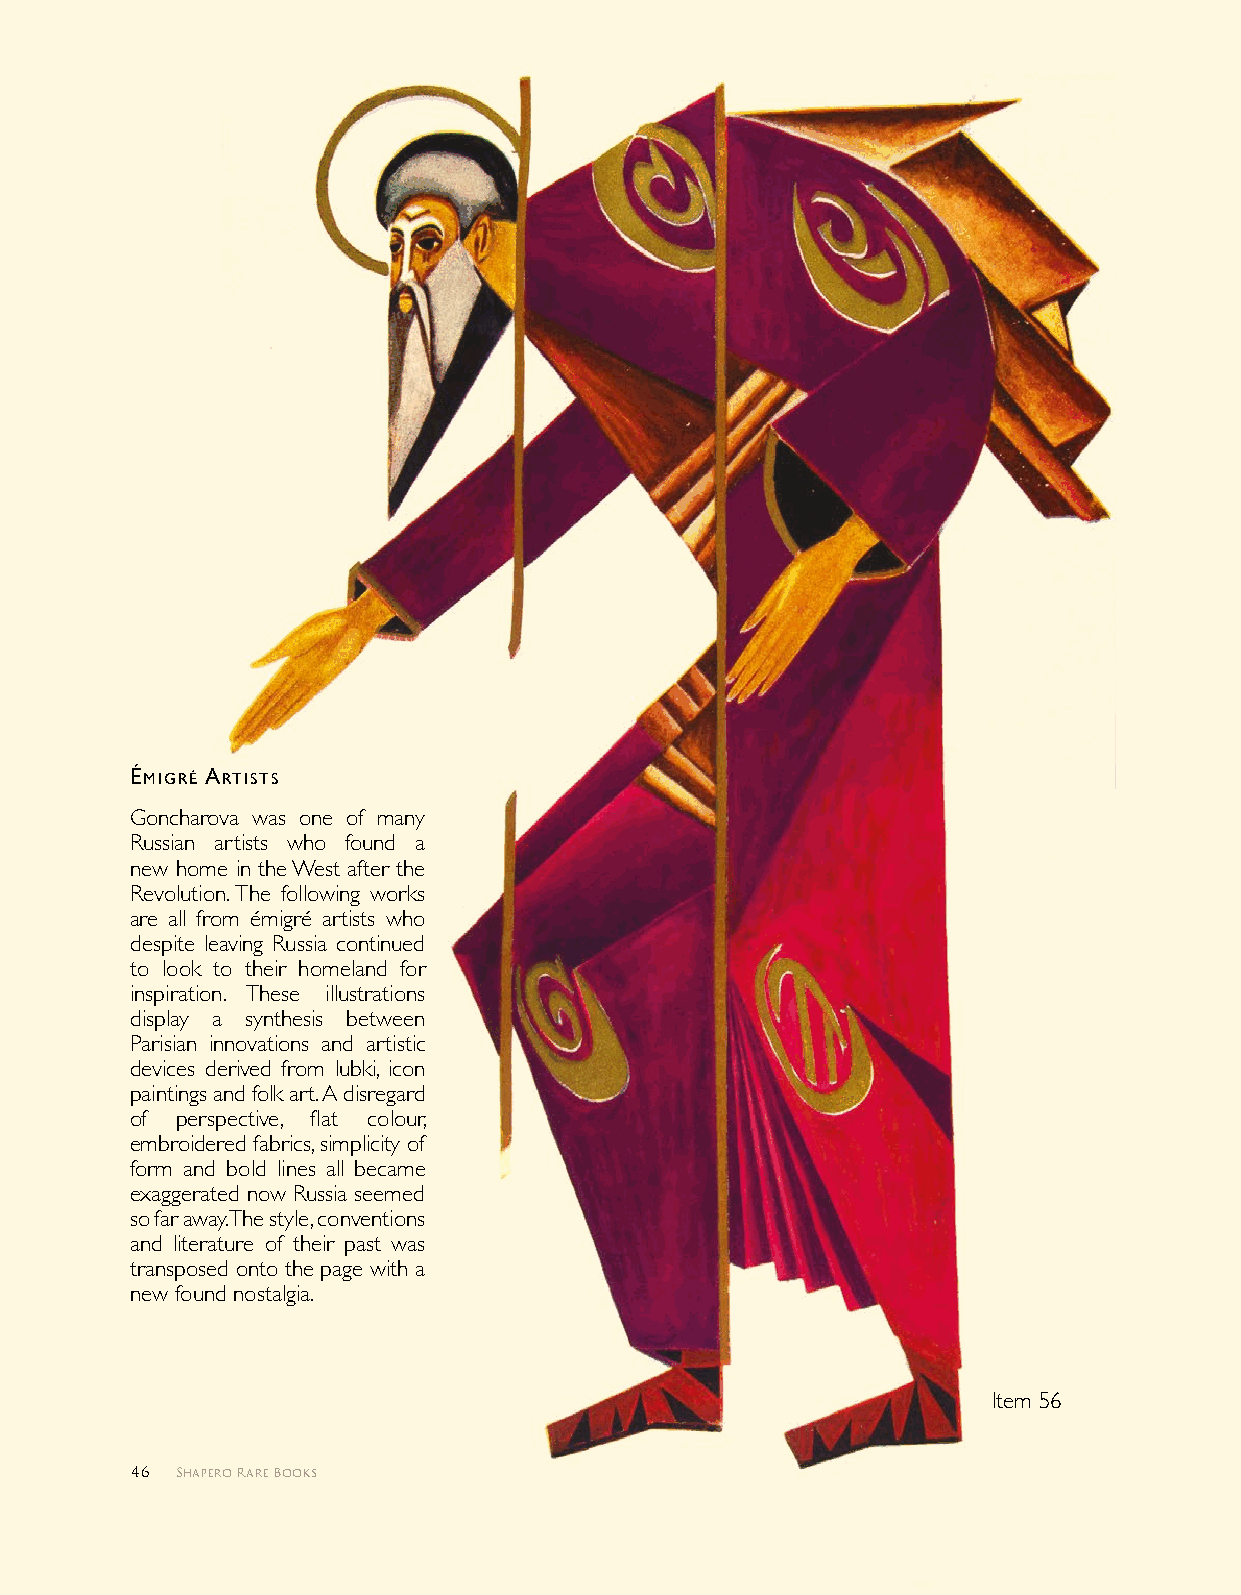
ÉMIgrÉ ArTISTS
 Goncharova was one of many
 Russian artists who found a
 new home in the West after the
 Revolution. The following works
 are all from émigré artists who
 despite leaving Russia continued
 to look to their homeland for
 inspiration. These illustrations
 display a synthesis between
 Parisian innovations and artistic
 devices derived from lubki, icon
 paintings and folk art. A disregard
 of perspective, flat colour,
 embroidered fabrics, simplicity of
 form and bold lines all became
 exaggerated now Russia seemed
 so far away. The style, conventions
 and literature of their past was
 transposed onto the page with a
 new found nostalgia.
 Item 56
 46 Shapero Rare Books